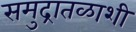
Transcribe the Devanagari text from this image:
समुद्रातळाशी